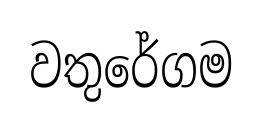
වතුරේගම